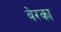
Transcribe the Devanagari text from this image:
बेरका